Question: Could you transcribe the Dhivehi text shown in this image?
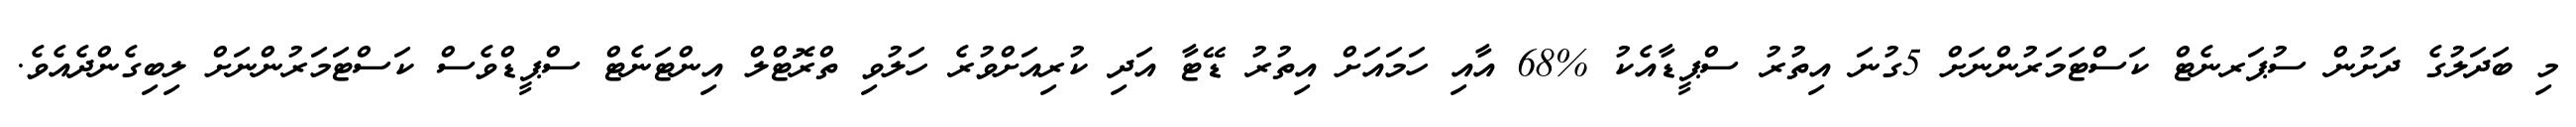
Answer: މި ބަދަލުގެ ދަށުން ސުޕަރނެޓް ކަސްޓަމަރުންނަށް 5ގުނަ އިތުރު ސްޕީޑާއެކު %68 އާއި ހަމައަށް އިތުރު ޑޭޓާ އަދި ކުރިއަށްވުރެ ހަލުވި ތްރޮޓްލް އިންޓަނެޓް ސްޕީޑްވެސް ކަސްޓަމަރުންނަށް ލިބިގެންދެއެވެ.